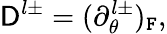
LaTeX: \mathsf{D}^{l\pm}=(\partial_{\theta}^{l\pm})_{\mathtt{F}},